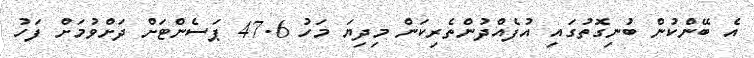
އެ ބޭންކުން ބުނިގޮތުގައި އުފެއްދުންތެރިކަން މިދިޔަ މަހު 47.6 ޕަސެންޓަށް ދަށްވުމަށް ފަހު